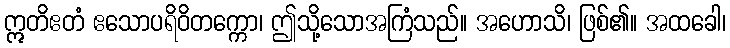
ဣတိဧတံ ဧသောပရိဝိတက္ကော၊ ဤသို့သောအကြံသည်။ အဟောသိ၊ ဖြစ်၏။ အထခေါ၊